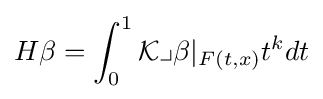
H\beta =\int _{0}^{1}{\mathcal {K}}\lrcorner \beta |_{F(t,x)}t^{k}dt